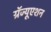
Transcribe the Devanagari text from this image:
ग्रॅज्यूएशन